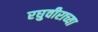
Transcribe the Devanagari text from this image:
रघुवीराच्या